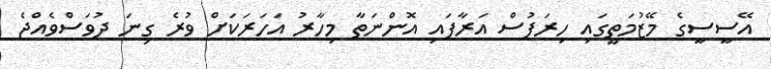
އޭސީސީގެ މޭޒުމަތީގައި ހިރަފުސް އަރާފައި އޮންނަތާ މިހާރު އަހަރަކަށް ވުރެ ގިނަ ދުވަސްވެއްޖެ